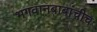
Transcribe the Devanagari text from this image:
भगवानबाबांचीच